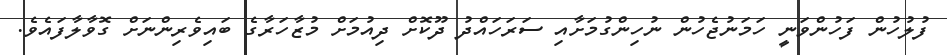
ފުލުހުން ފަހުންވަނީ ހަމަނުޖެހުން ނުހިންގުމަށާއި ސަރަހައްދު ދޫކޮށް ދިއުމަށް މުޒާހަރާގެ ބައިވެރިންނަށް ގޮވާލާފައެވެ.